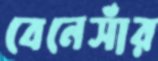
বেনেসাঁর